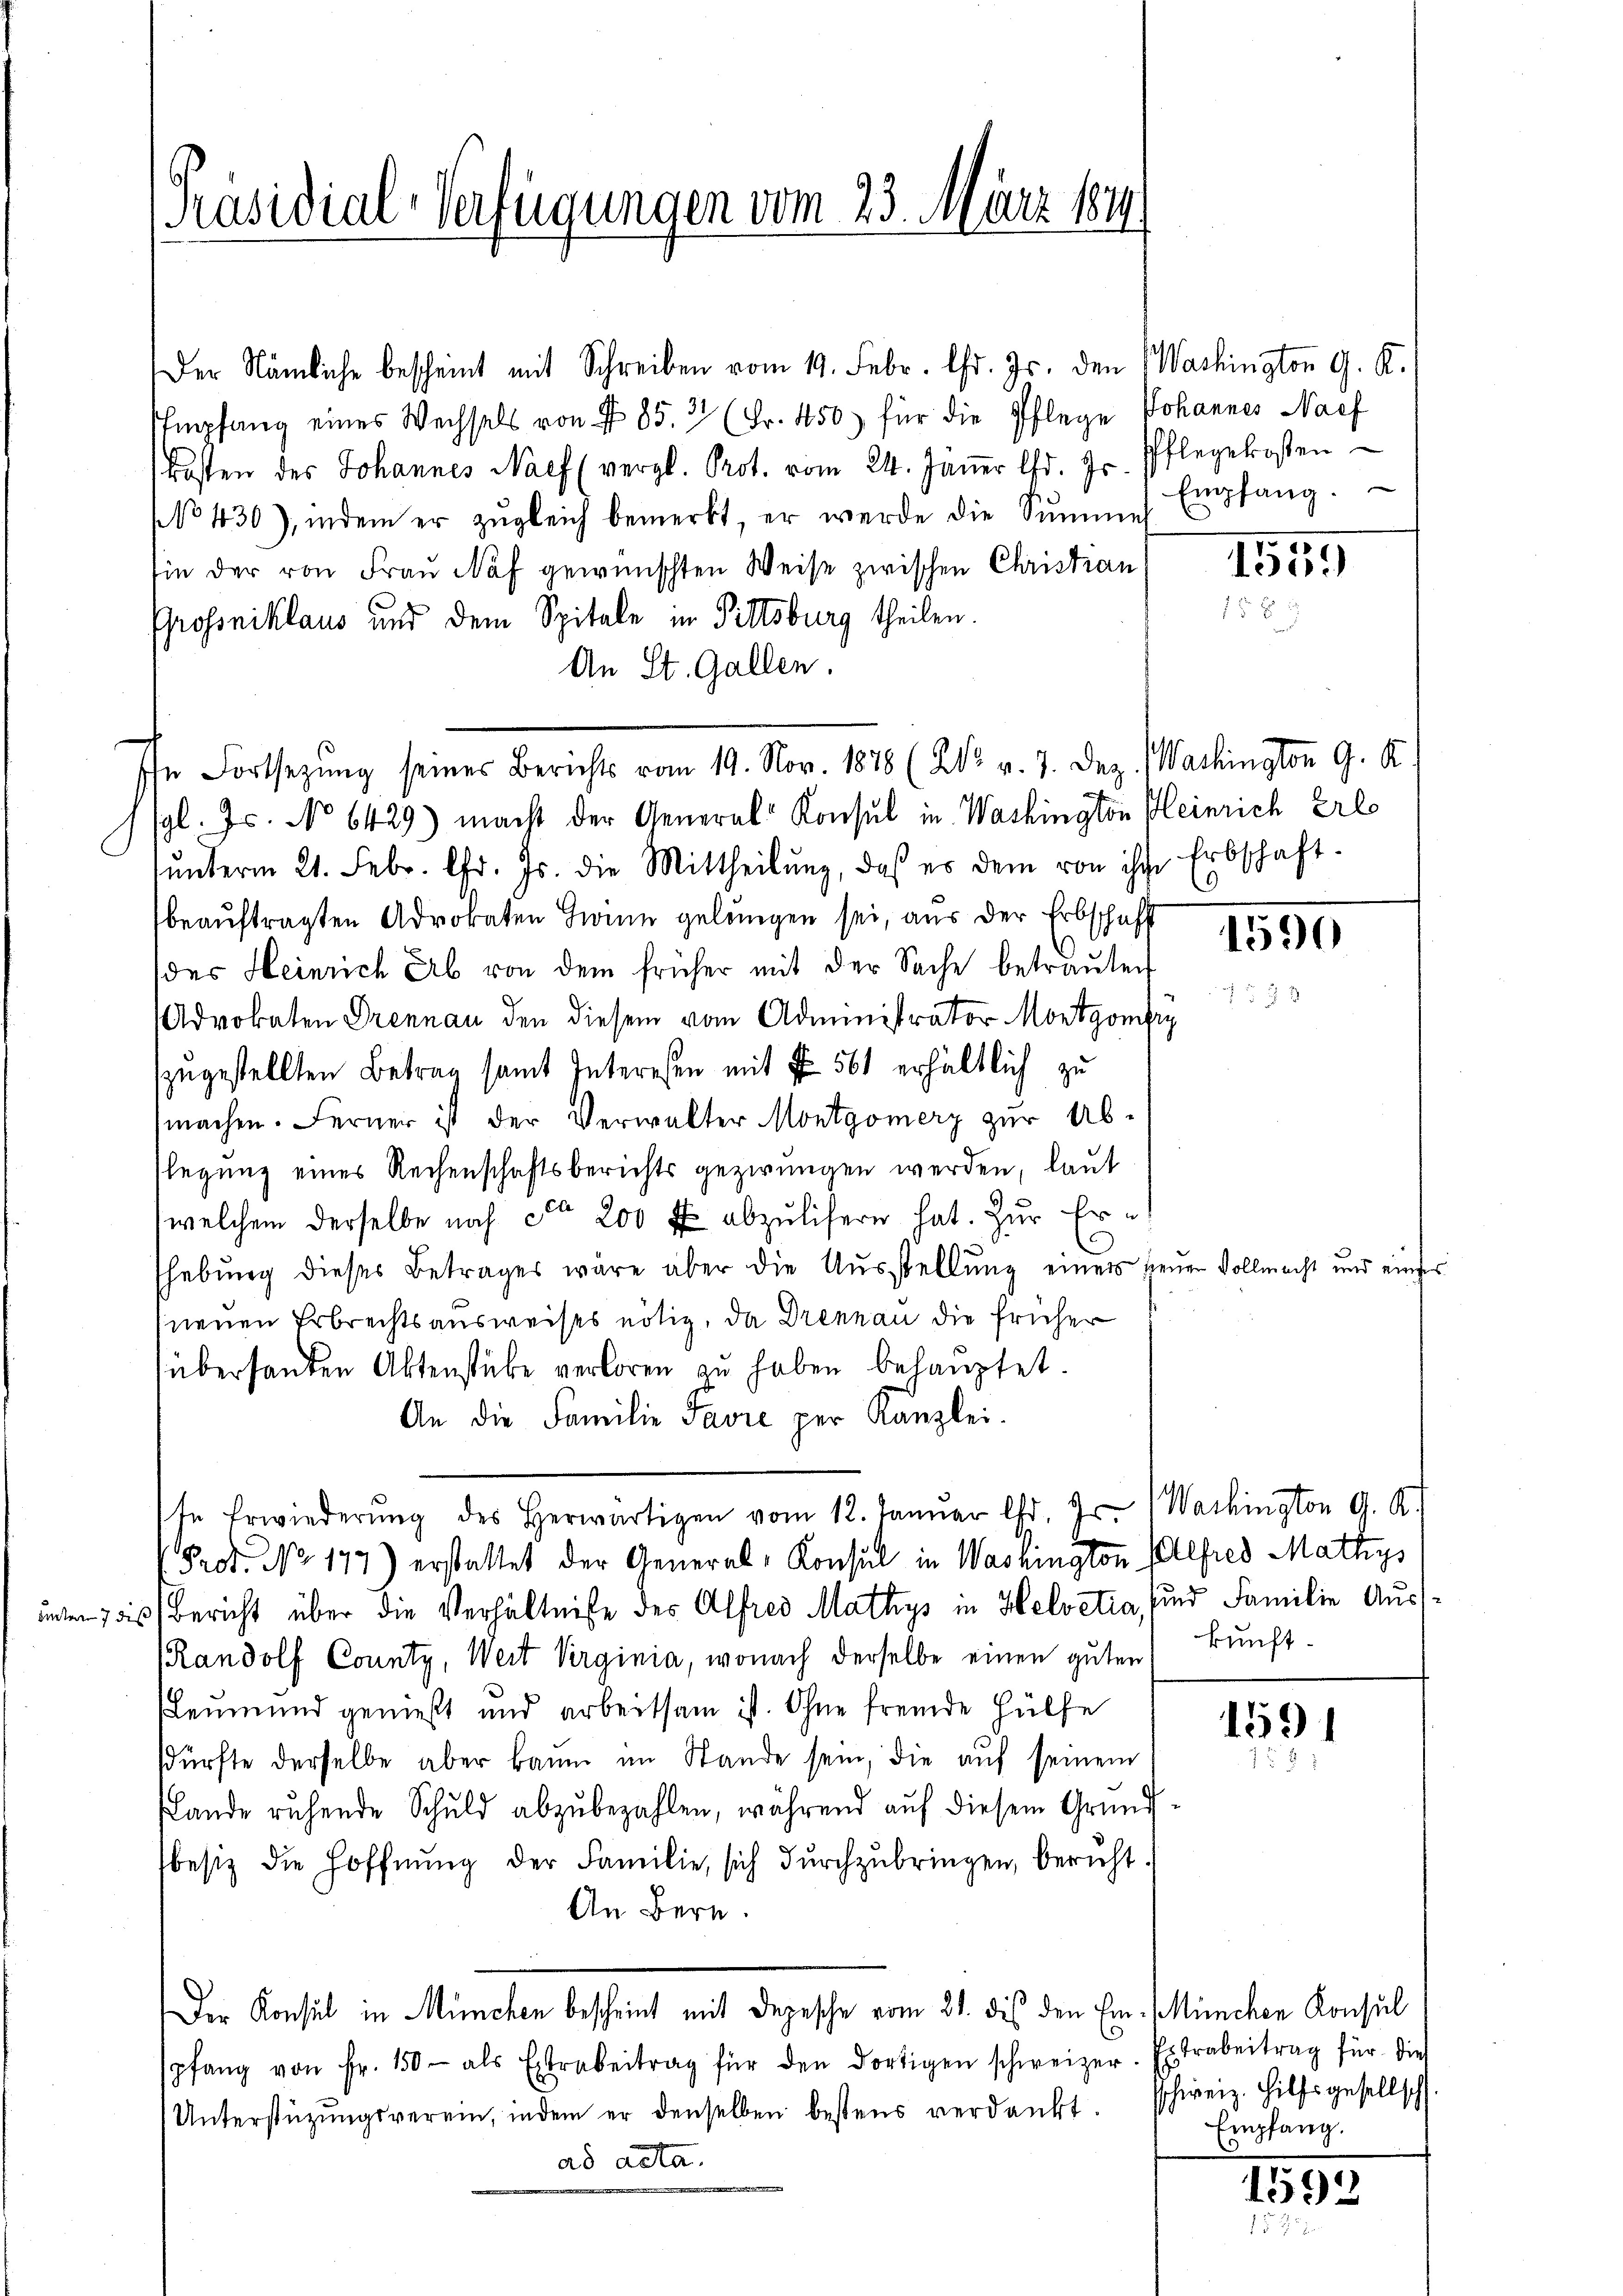
Präsidial-Verfügungen vom 23. März 1844.

Der Nämliche bescheint mit Schreiben vom 19. Febr. Chr. Js. den Washington G. K.
Empfang eines Wechsels von § 85. 3 (Fr. 450) für die Pflege Johannes Nach
kosten des Johannes Naef (vergl. Prot. vom 24. Jäṅer lfd. Hr. Pflegekosten
(No 430), indem er zŭgleich bemerkt, er werde die Sŭmmes
sie der von Frau Naf gewünschten Weise zwischen Christian
Grossniklaus und dem Spitale in Pittsburg theilen.
An St. Gallen.
gl. Js. No 6429) macht der General Konsul in Washington Heinrich Erle
ŭnterm 21. Febr. Chr. Js. die Mittheilŭng, daß es dem von ihr Erbschaft-
beaŭftragten Advokaten Zwinn gelangen sei, aus der Erbschaff
(des Heinrich ab von dem früher mit der Sache betrauten
Advokaten Drennau den diesem vom Administrator Montgomfry
zugestellten Betrag samt Interesen mit I 561 erhältlich zu
machen. Ferner ist der Verwalter Montgomerz zur Abslegung eines Rechenschaftsberichts gezwungen werden, laut
(welchem derselbe nach ca 200 f abzulisern hat. Zur Er-
shebung dieses Betrages wäre aber die Ausstellung einer neuen Vollmacht und eins
neuen Erbrechtsausweises nötig, da Drennau die früher
überhanden Aktenstüke verloren zŭ haben behauptet.
An die Familie Favre per Kanzlei.
In Erwiederŭng des herwärtigen vom 12. Janŭar d. Js. Washington G. K.
Prot. No 177) erstattet der General-Konsul in Washington Alfred Mathys
unes Bericht über die Verhältniße des Alfred Mathys in Helvetia, sind Familie Aus¬
Randolf County, Weit Virginia, wonach derselbe einen guten
Leumund genießt und arbeitsam ist. Ohne fremde Hülfe
sdürfte derselbe aber kaum im Stande sein, die auf seinem
Lande ruhende Schuld abzubezahlen, während auf diesem Grundbesiz die Hoffnŭng der Familie, sich dŭrchzubringen, beruht.
An Bern.
Der Konsul in München bescheint mit Depesche vom 21. dies den Ein München Konsul
spfang von Fr. 150 als Extrabeitrag für den dortigen schweizer. Es trabeitrag für die
Unterstützŭngsverein, indem er denselben bestens verdankt. Schweiz. Hilfsgesellsch
ad acta.

In Fortsezung seines Berichts vom 19. Nov. 1878 (205. v. 7. Dez. Washington G. K.

Empfang.

1559

9

1590

kunft.

1591

Empfang.

1593